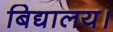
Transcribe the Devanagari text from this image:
बिद्यालय।